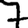
Digit: 7